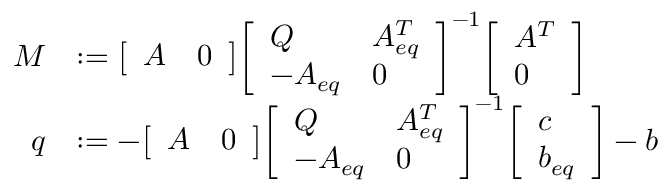
{ \begin{array} { r l } { M } & { : = { \left[ \begin{array} { l l } { A } & { 0 } \end{array} \right] } { \left[ \begin{array} { l l } { Q } & { A _ { e q } ^ { T } } \\ { - A _ { e q } } & { 0 } \end{array} \right] } ^ { - 1 } { \left[ \begin{array} { l } { A ^ { T } } \\ { 0 } \end{array} \right] } } \\ { q } & { : = - { \left[ \begin{array} { l l } { A } & { 0 } \end{array} \right] } { \left[ \begin{array} { l l } { Q } & { A _ { e q } ^ { T } } \\ { - A _ { e q } } & { 0 } \end{array} \right] } ^ { - 1 } { \left[ \begin{array} { l } { c } \\ { b _ { e q } } \end{array} \right] } - b } \end{array} }